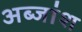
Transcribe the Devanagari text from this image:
अब्जांश